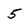
Character: 5